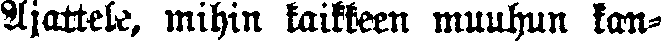
Ajattele, mihin kaikkeen muuhun kan-